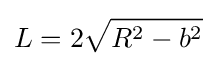
L=2{\sqrt {R^{2}-b^{2}}}